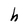
Character: h